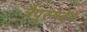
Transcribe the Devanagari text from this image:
त्रैपुरुषदेव